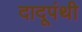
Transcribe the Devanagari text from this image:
दादूपंथी